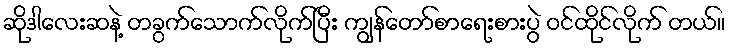
ဆိုဒါလေးဆနဲ့ တခွက်သောက်လိုက်ပြီး ကျွန်တော်စာရေးစားပွဲ ဝင်ထိုင်လိုက် တယ်။